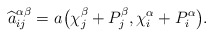
\begin{align*}\widehat a_{ij}^{\alpha\beta}=a_{} \big(\chi_j^\beta+P_j^\beta, \chi_i^\alpha+P_i^\alpha\big).\end{align*}